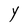
Character: Y